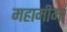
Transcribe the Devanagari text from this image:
महामीमां